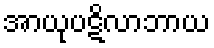
အာယုပဋိလာဘာယ